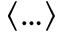
\left\langle \ldots \right\rangle